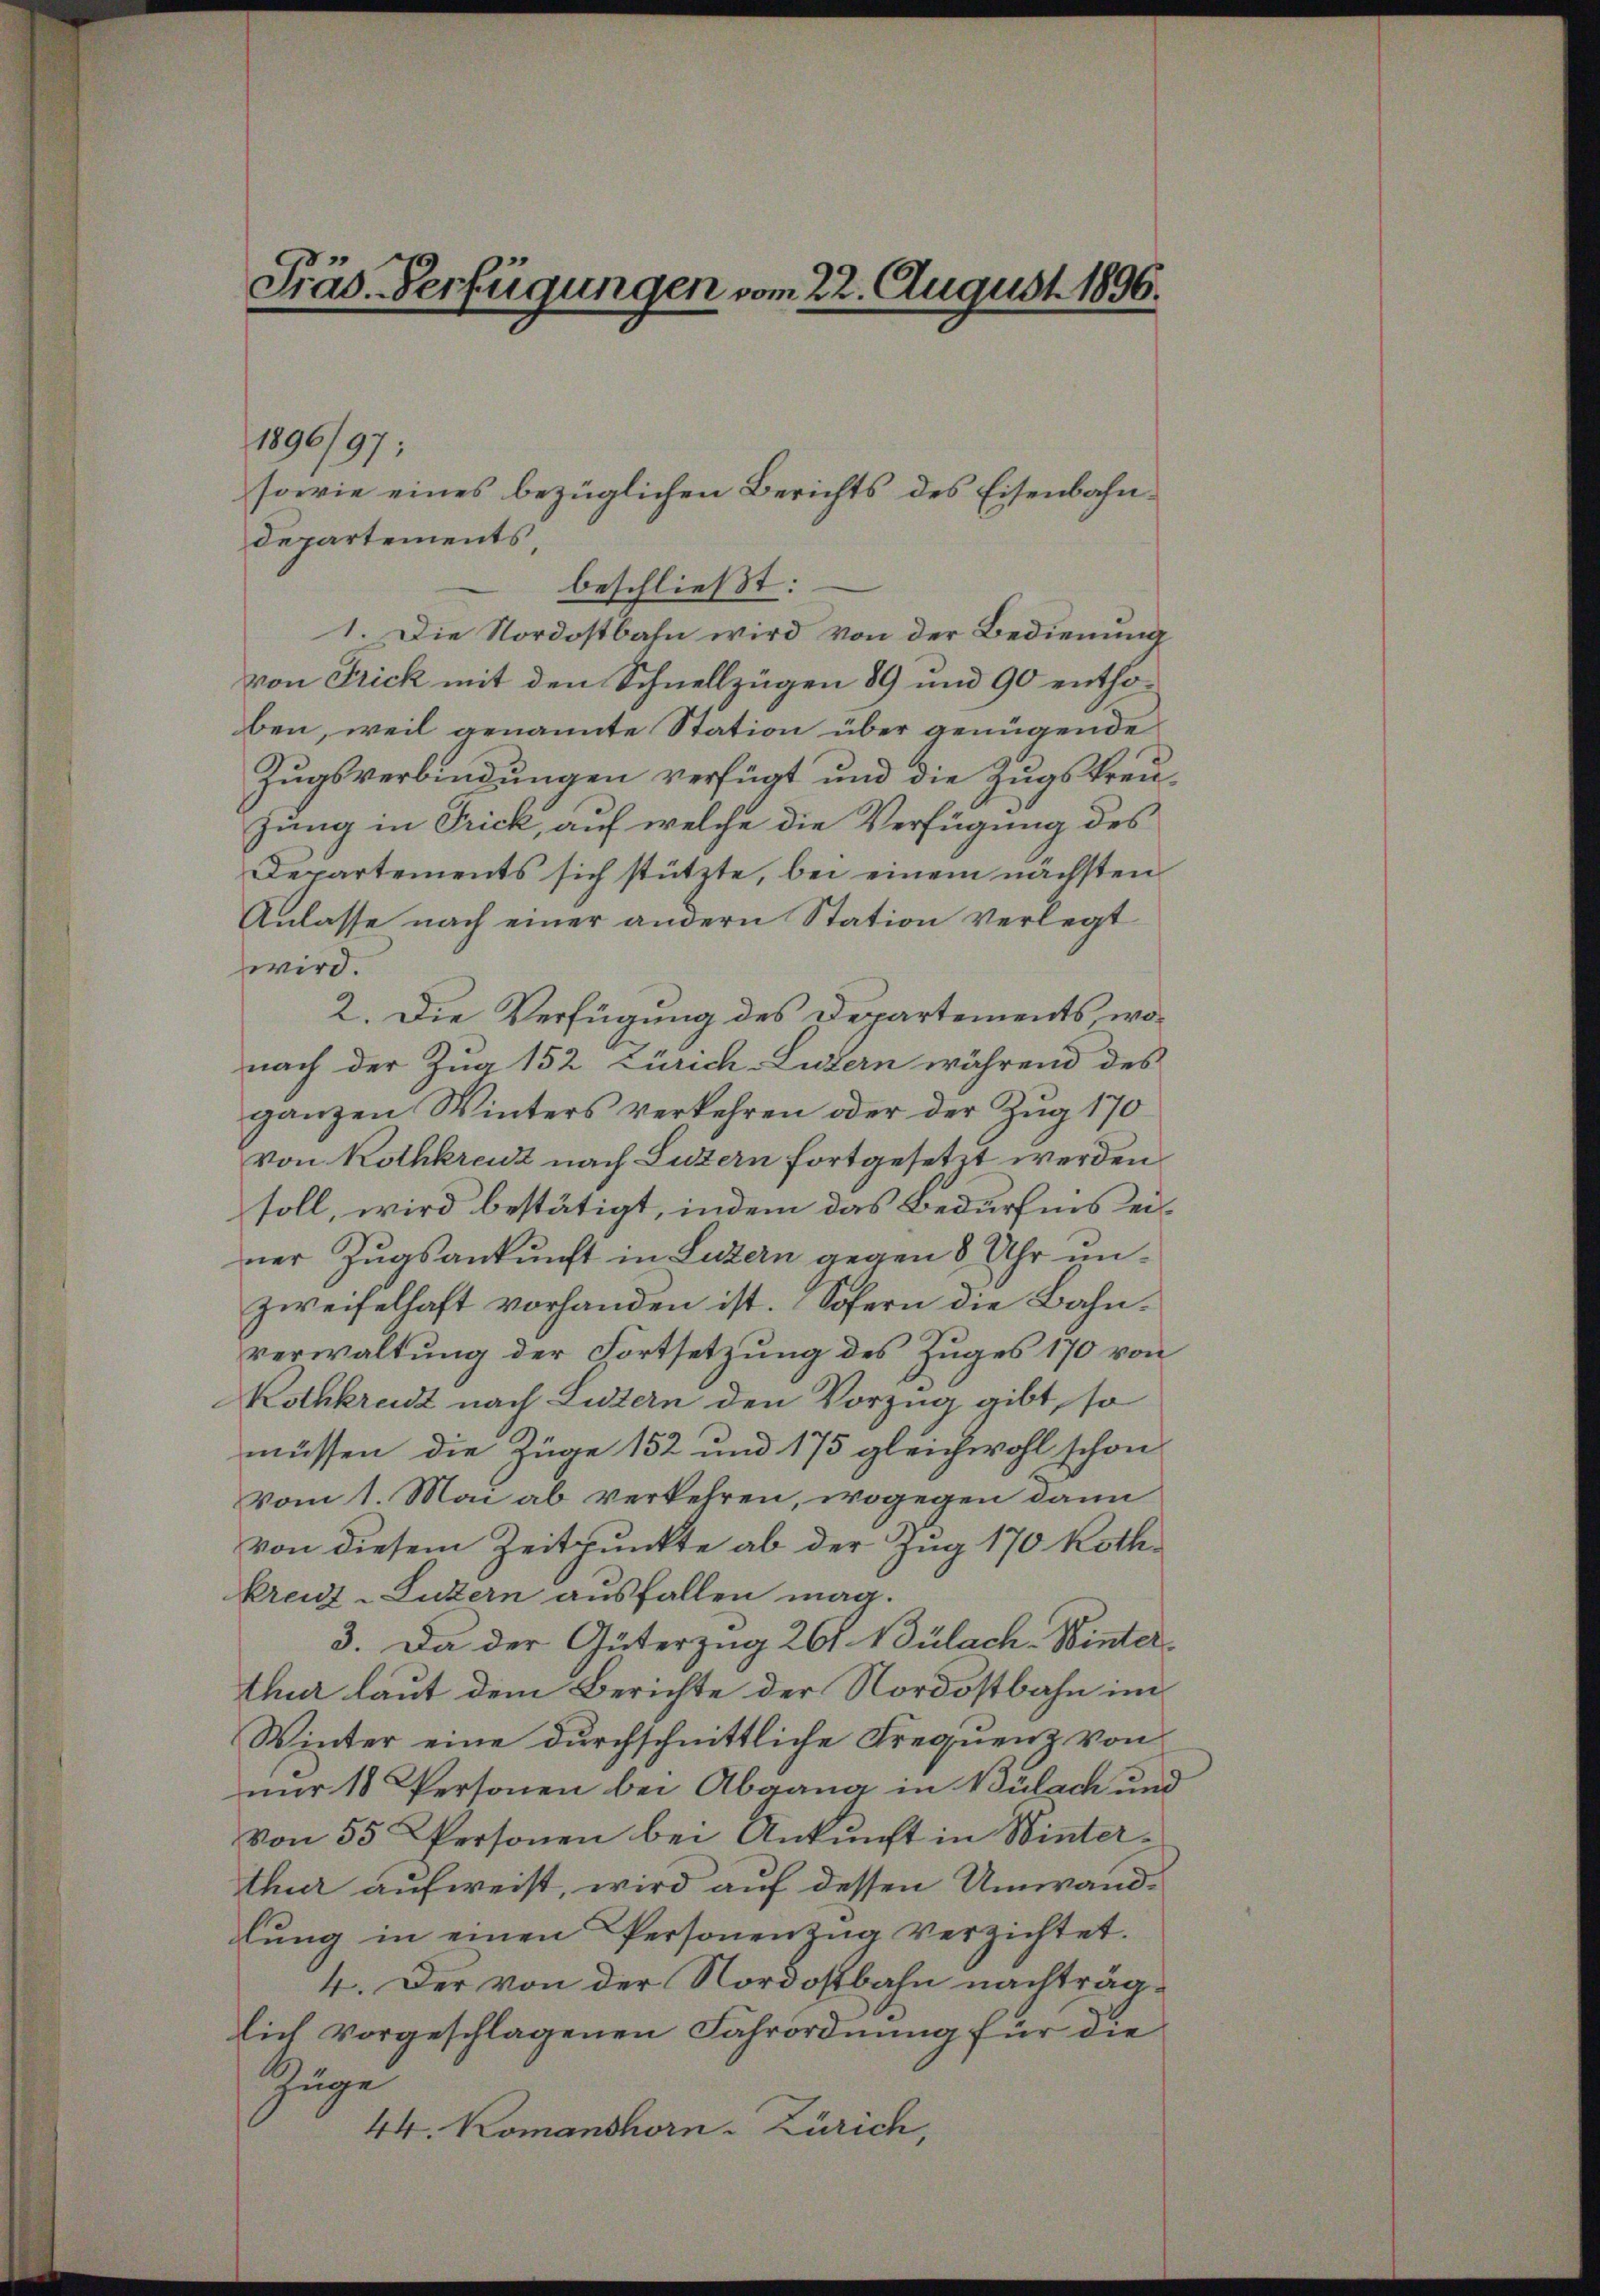
Präs. Verfügungen vom 22. August 1896.

1896/97;
Departements
 beschließt:
1. Die Nordostbahn wird von der Bedienung
von Frick mit den Schnellzügen 89 und 90 enthoben, weil genannte Station über genügende
Zugsverbindungen verfügt und die Zugskreujung in Frick, auf welche die Verfügung des
Departements sich stützte, bei einem nächsten
Anlasse nach einer andern Station verlegt
wird.
2. Die Verfügung des Departements, wonach der Zug 152 Zürich-Luzern während des
ganzen Winters verkehren oder der Zŭg 170
von Rothkreuz nach Luzern fortgesetzt werden.
soll, wird bestätigt, indem das Bedürfnis einer Zugsankunft in Luzern gegen 8 Uhr unzweifelhaft vorhanden ist. Sofern die Bahnverwaltung der Fortsetzung des Zuges 170 von
Rothkradt nach Luzern den Vorzug gibt, so
müssen die Züge 152 und 175 gleichwohl schon
vom 1. Mai ab verkehren, wogegen dann
von diesem Zeitpunkte ab der Zug 170 Kothkreuz-Luzern ausfallen mag.
3. Da der Güterzug 261. Bülach. Winterthur laut dem Berichte der Nordostbahn im
Winter eine durchschnittliche Frequenz von
nur 10 Personen bei Abgang in Bülach und
von 55 Personen bei Ankunft in Winterthur aufweist, wird auf dessen Umwandlŭng in einen Personenzug verzichtet.
4. Der von der Nordostbahn nachträglich vorgeschlagenen Fahrordnung für die
Zuge
44. Komanshorn-Zürich,

sowie eines bezüglichen Berichts des Eisenbahn¬